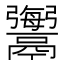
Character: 𩱟